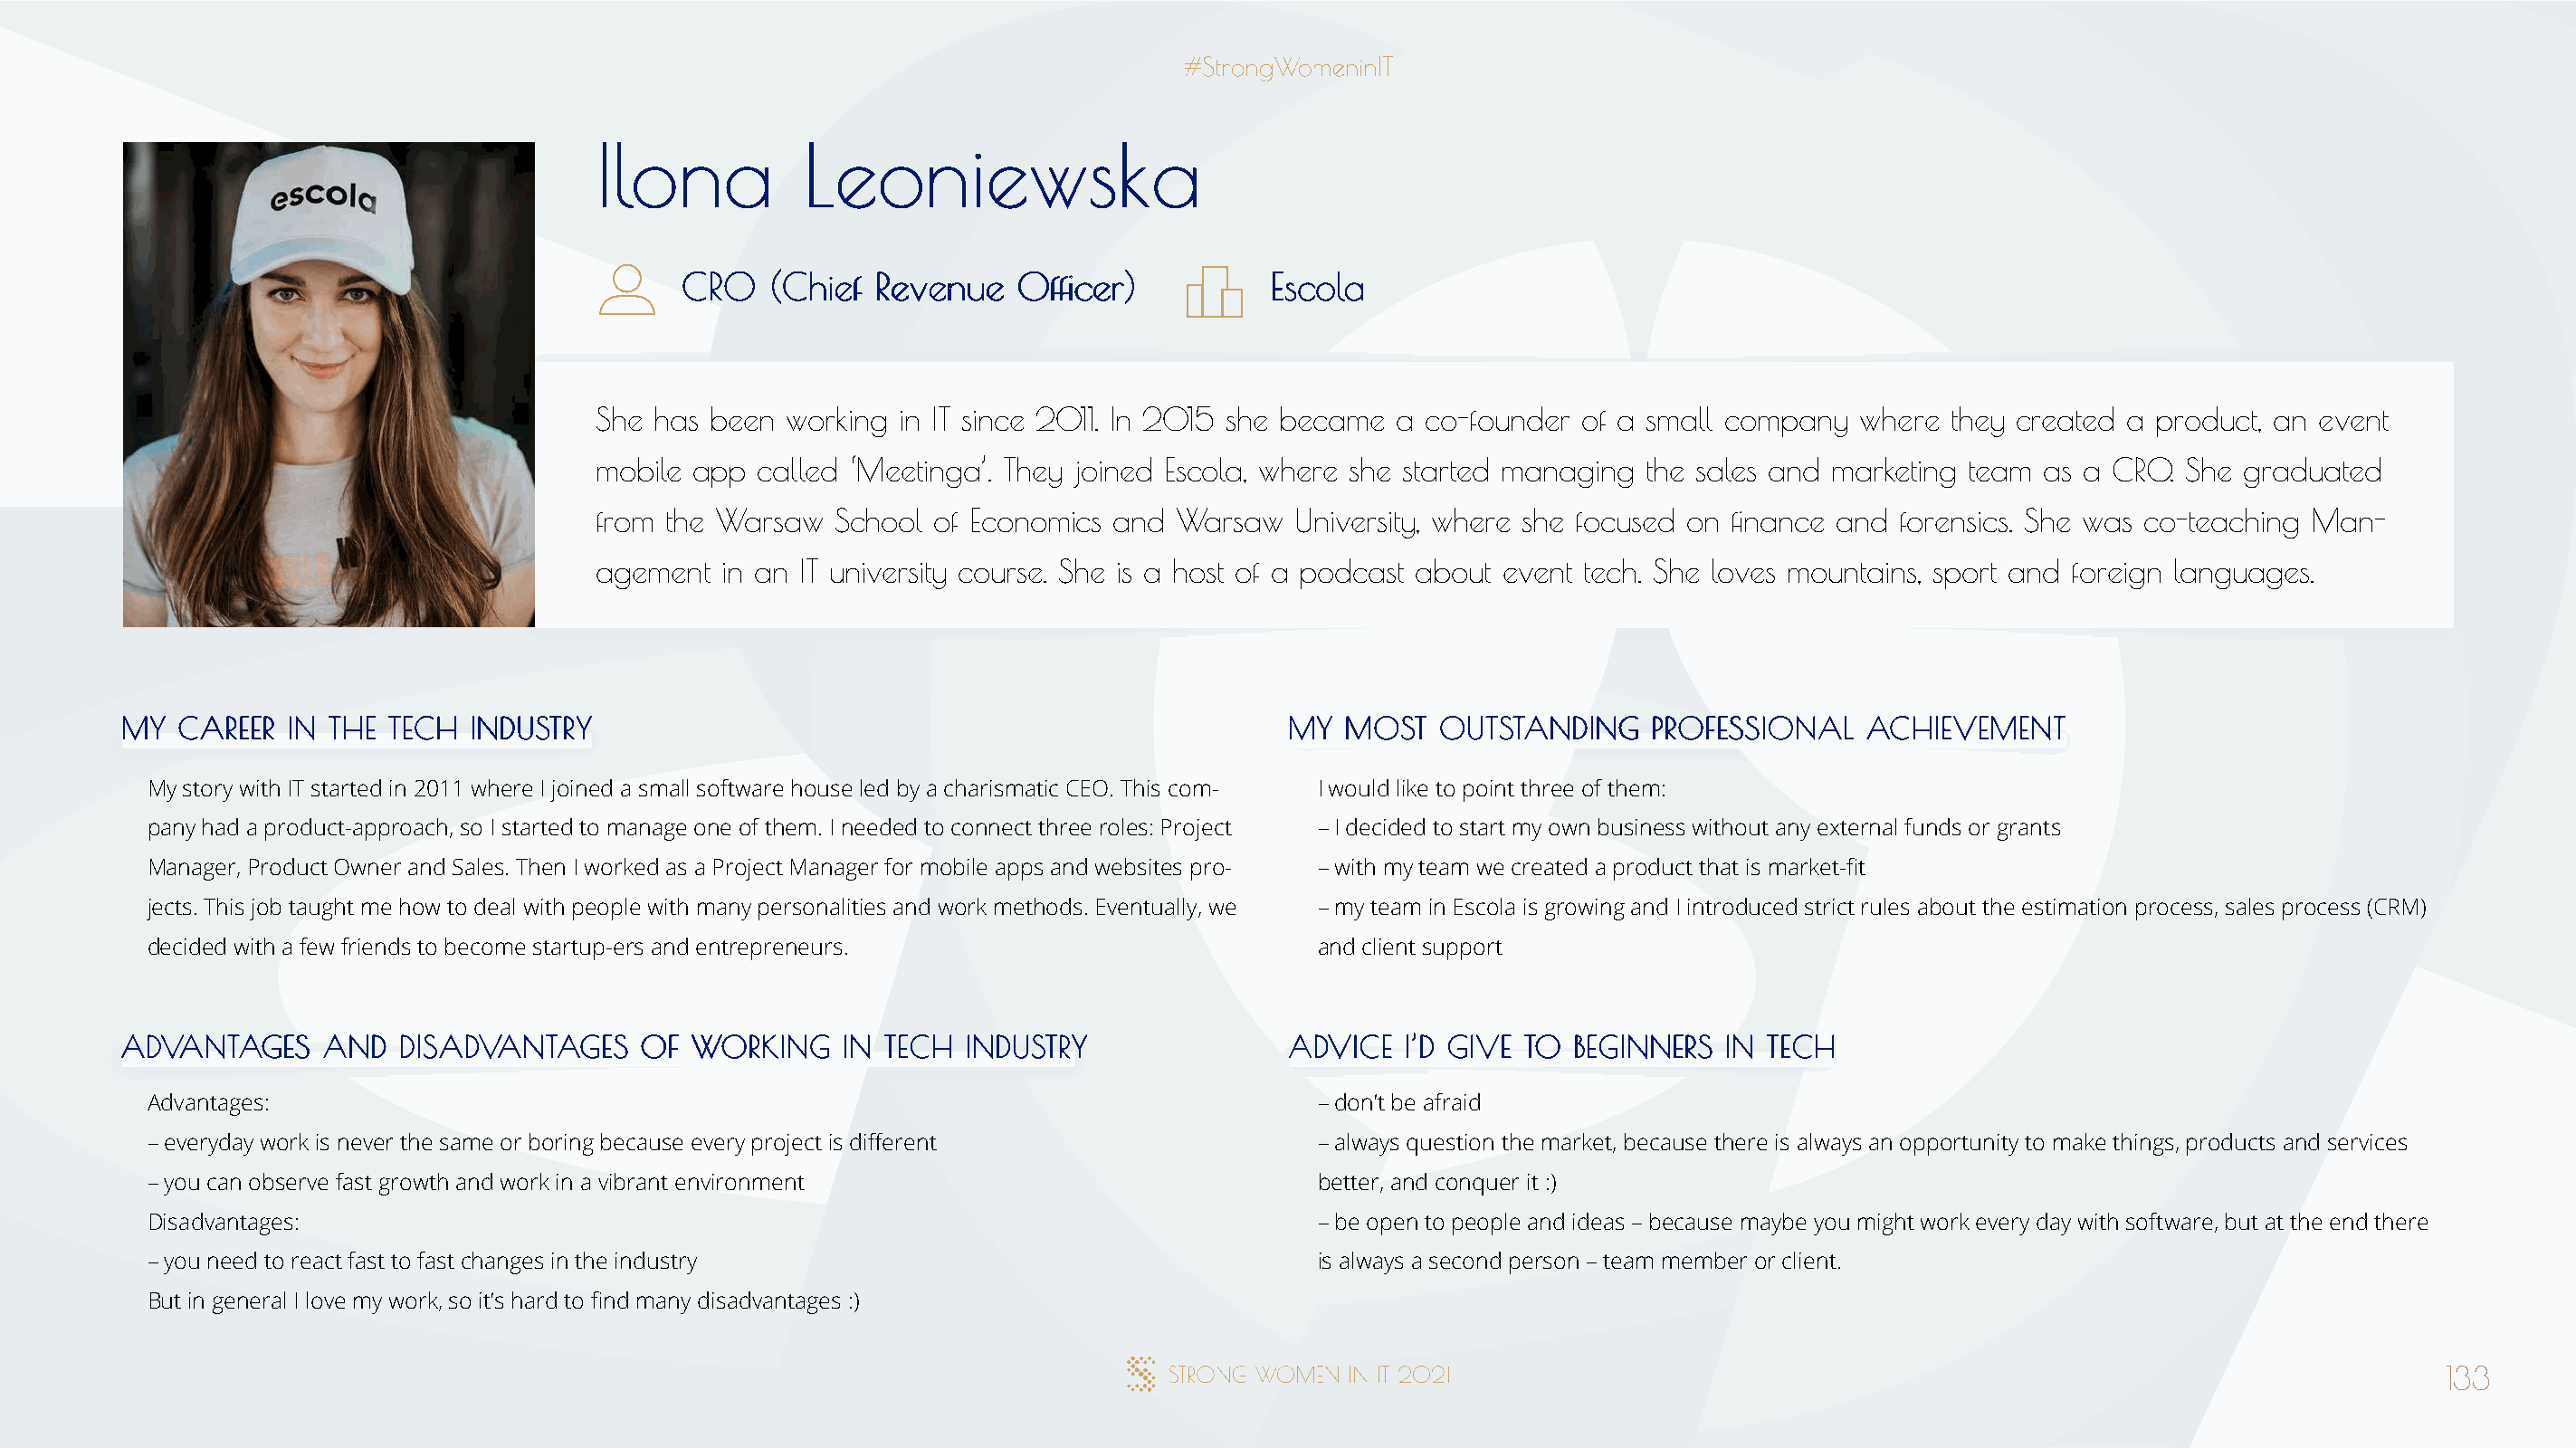
IIlloonnaa     LLeeoonniieewwsskkaa
 CCRROO ((CChhiieeff RReevveennuuee OOffifficceerr)) EEssccoollaa
 She has been  working in IT since 2011. In 2015 she became a co-founder of a small company  where  they created a product, an event
 mobile app called ‘Meetinga’. They joined Escola, where she started managing the sales and marketing team as a CRO. She graduated
 from the Warsaw  School of Economics and  Warsaw   University, where she focused on finance and forensics. She was co-teaching Man-
 agement  in an IT university course. She is a host of a podcast about event tech. She loves mountains, sport and foreign languages.
 MMYY CCAARREEEERR IINN TTHHEE TTEECCHH IINNDDUUSSTTRRYY                              MMYY MMOOSSTT OOUUTTSSTTAANNDDIINNGG PPRROOFFEESSSSIIOONNAALL AACCHHIIEEVVEEMMEENNTT
 My story with IT started in 2011 where I joined a small software house led by a charismatic CEO. This com- I would like to point three of them:
 pany had a product-approach, so I started to manage one of them. I needed to connect three roles: Project – I decided to start my own business without any external funds or grants
 Manager, Product Owner and Sales. Then I worked as a Project Manager for mobile apps and websites pro- – with my team we created a product that is market-fit
 jects. This job taught me how to deal with people with many personalities and work methods. Eventually, we – my team in Escola is growing and I introduced strict rules about the estimation process, sales process (CRM)
 decided with a few friends to become startup-ers and entrepreneurs.                  and client support
 AADDVVAANNTTAAGGEESS AANNDD DDIISSAADDVVAANNTTAAGGEESS OOFF WWOORRKKIINNGG IINN TTEECCHH IINNDDUUSSTTRRYY AADDVVIICCEE II’’DD GGIIVVEE TTOO BBEEGGIINNNNEERRSS IINN TTEECCHH
 Advantages:                                                                          – don’t be afraid
 – everyday work is never the same or boring because every project is different       – always question the market, because there is always an opportunity to make things, products and services
 – you can observe fast growth and work in a vibrant environment                      better, and conquer it :)
 Disadvantages:                                                                       – be open to people and ideas – because maybe you might work every day with software, but at the end there
 – you need to react fast to fast changes in the industry                             is always a second person – team member or client.
 But in general I love my work, so it’s hard to find many disadvantages :)
 133